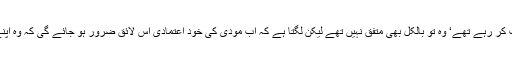
پاکستان کے جو لوگ آج میرے ساتھ چینلوں پر بحث کر رہے تھے‘ وہ تو بالکل بھی متفق نہیں تھے لیکن لگتا ہے کہ اب مودی کی خود اعتمادی اس لائق ضرور ہو جائے گی کہ وہ اپنے زیادہ لائق لوگوں کو برداشت کرنا سیکھ لیں گے۔